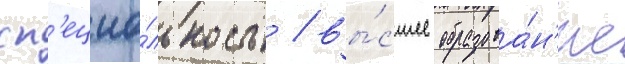
сп'ециа́льность / вы́сшее образова́н'ие